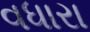
વધારા